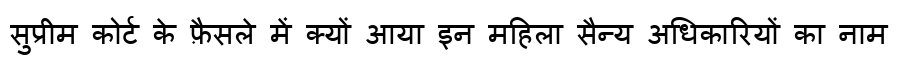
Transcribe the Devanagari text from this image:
सुप्रीम कोर्ट के फ़ैसले में क्यों आया इन महिला सैन्य अधिकारियों का नाम